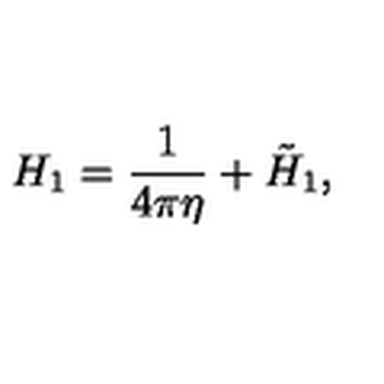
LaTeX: H _ { 1 } = { \frac { 1 } { 4 \pi \eta } } + \tilde { H } _ { 1 } ,